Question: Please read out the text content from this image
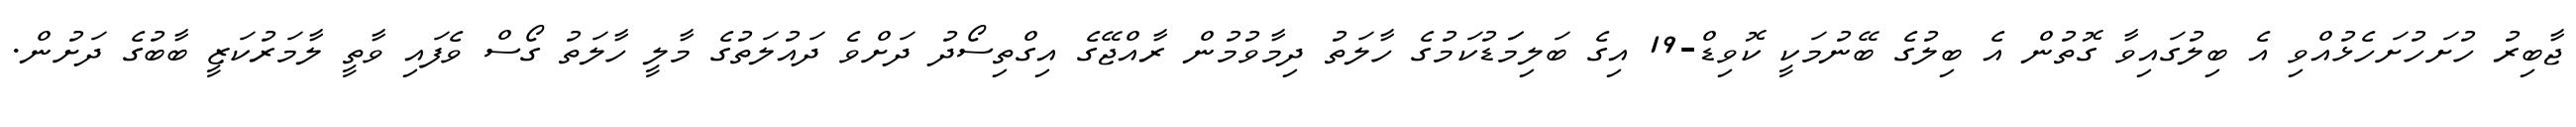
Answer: ޖާބިރު ހުށަހުށަހެޅުއްވި އެ ބިލުގައިވާ ގޮތުން އެ ބިލުގެ ބޭނުމަކީ ކޮވިޑް-19 އިގެ ބަލިމަަޑުކަމުގެ ހާލަތު ދިމާވުމުން ރާއްޖޭގެ އިގްތިސޯދު ދަށްވެ ދައުލަތުގެ މާލީ ހާލަތު ގޯސް ވެފައި ވާތީ ލާމަރުކަޒީ ބާބުގެ ދަށުން.